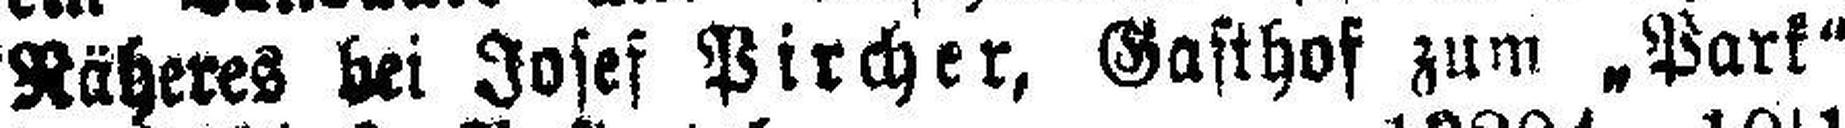
Näheres bei Josef Pircher, Gasthof zum „Park“